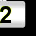
Digit: 2